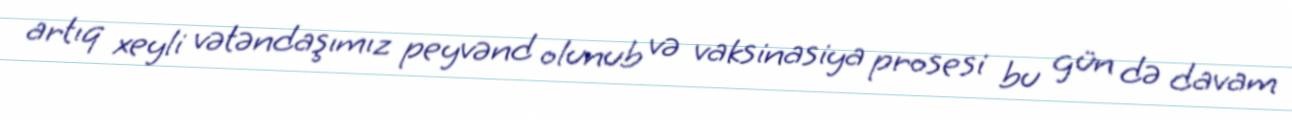
artıq xeyli vətəndaşımız peyvənd olunub və vaksinasiya prosesi bu gün də davam